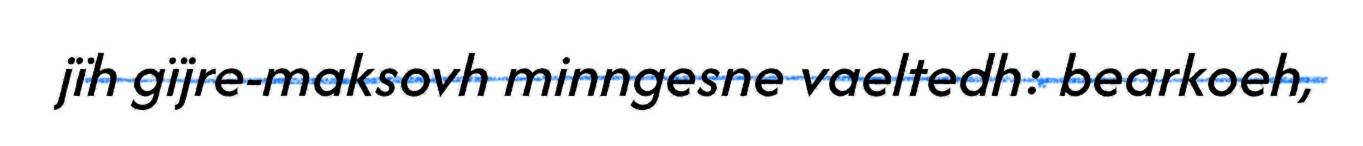
jïh gïjre-maksovh minngesne vaeltedh: bearkoeh,